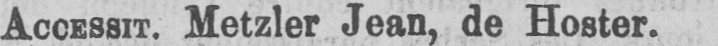
Accessit. Metzler Jean, de Hoster.